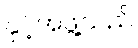
နှင့်အဖွဲ့သည်